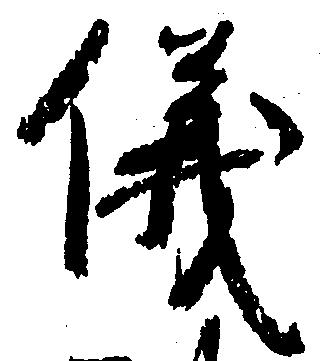
儀